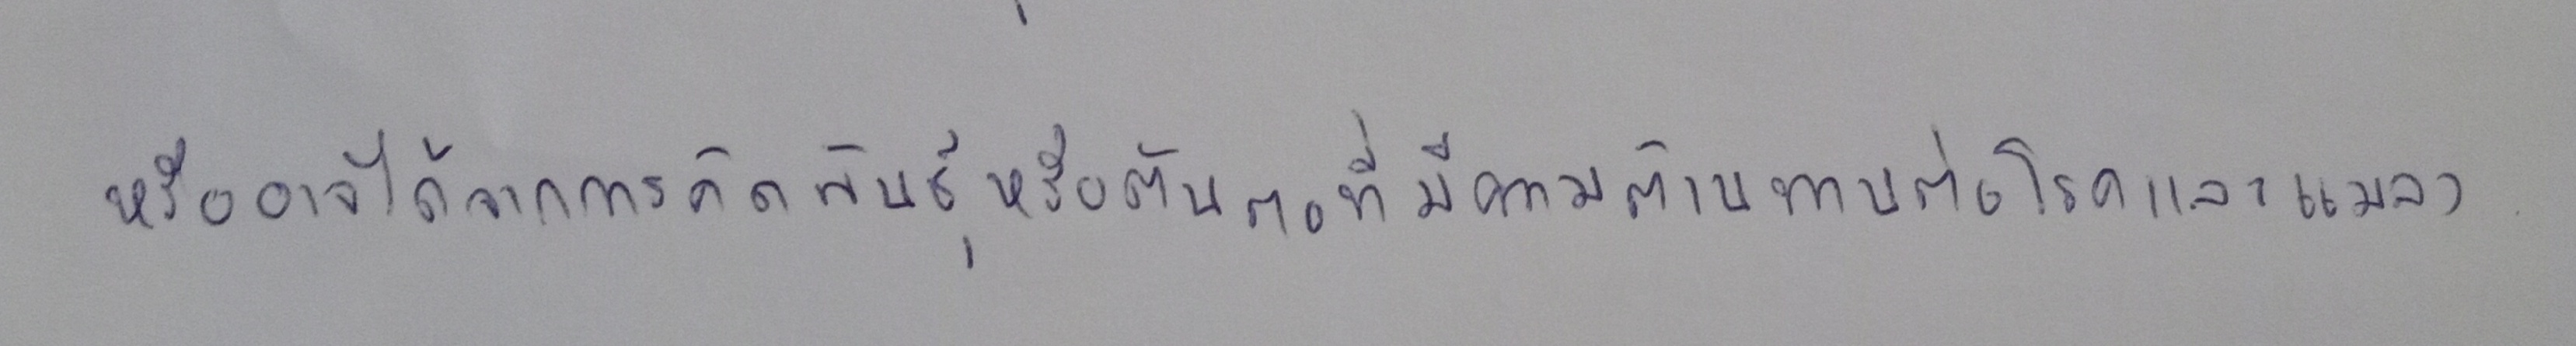
หรืออาจได้จากการคัดพันธุ์หรือต้นตอที่มีความต้านทานต่อโรคและแมลง